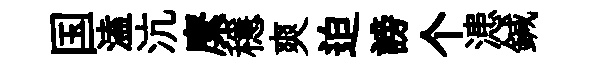
国溘沆縻穩爽迫謗个漶鍼